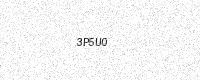
Text: 3P5U0